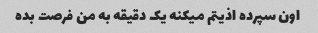
اون سپرده اذیتم میکنه یک دقیقه به من فرصت بده